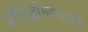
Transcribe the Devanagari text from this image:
प्रसिद्धीमाध्यमांनी